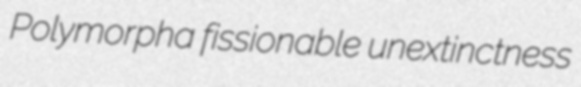
Polymorpha fissionable unextinctness